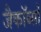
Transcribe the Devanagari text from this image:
जैकॉब्सों